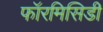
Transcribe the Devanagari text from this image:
फॉरमिसिडी